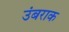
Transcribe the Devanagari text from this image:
उंबराक